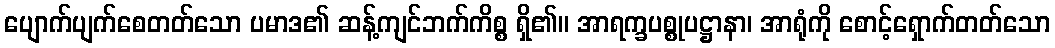
ပျောက်ပျက်စေတတ်သော ပမာဒ၏ ဆန့်ကျင်ဘက်ကိစ္စ ရှိ၏။ အာရက္ခပစ္စုပဋ္ဌာနာ၊ အာရုံကို စောင့်ရှောက်တတ်သော